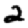
Digit: 2